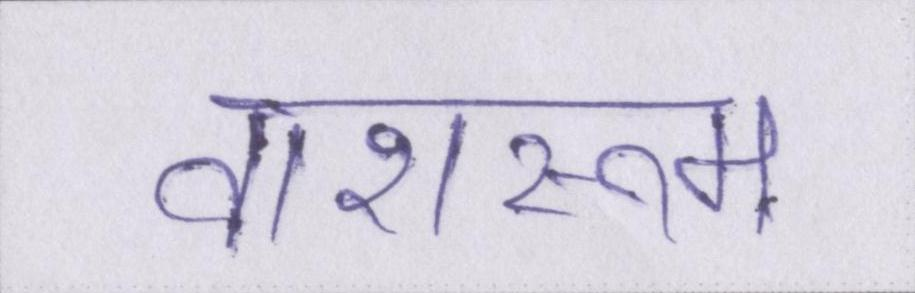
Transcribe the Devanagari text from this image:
वाशरूम